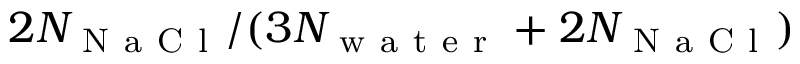
2 N _ { \mathrm { ~ N ~ a ~ C ~ l ~ } } / ( 3 N _ { \mathrm { ~ w ~ a ~ t ~ e ~ r ~ } } + 2 N _ { \mathrm { ~ N ~ a ~ C ~ l ~ } } )